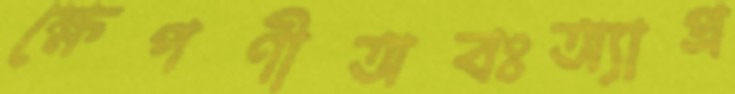
ক্ষেপণীঅবঃঅ্যাপ্র